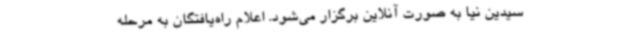
سیدین نیا به صورت آنلاین برگزار می‌شود. اعلام راه‌یافتگان به مرحله